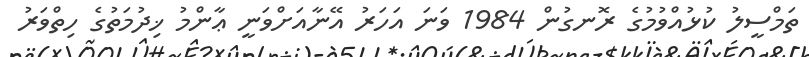
ތަމްސީލު ކުޅުއްވުމުގެ ރޮނގުން 1984 ވަނަ އަހަރު އޭނާއަށްވަނީ ޢާންމު ޚިދުމަތުގެ ހިތްވަރު